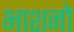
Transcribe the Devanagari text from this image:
भाशनो